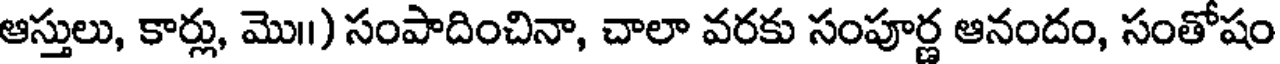
ఆస్తులు, కార్లు, మొ॥) సంపాదించినా, చాలా వరకు సంపూర్ణ ఆనందం, సంతోషం